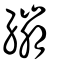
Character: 繃